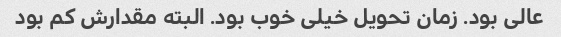
عالی بود. زمان تحویل خیلی خوب بود. البته مقدارش کم بود